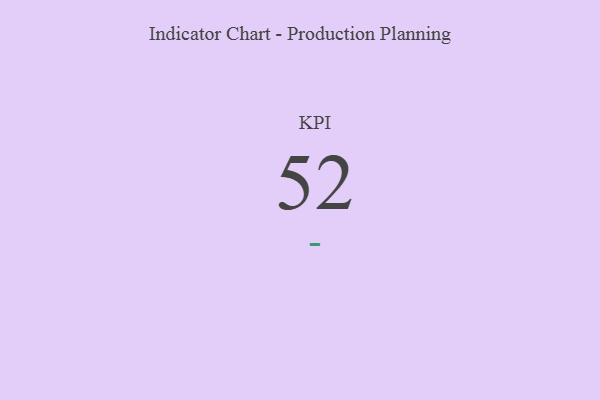
{"axis": {"x": "KPI", "y": "Value"}, "legend": [""], "data": [{"x": "KPI", "y": 52, "type": ""}]}